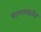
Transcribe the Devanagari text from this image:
कालत्रयातीत